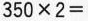
$$3 5 0 \times 2 =$$